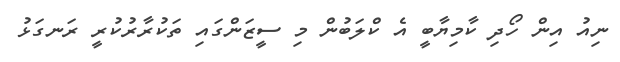
ނިއު އިން ހޯދި ކާމިޔާބީ އެ ކްލަބުން މި ސީޒަންގައި ތަކުރާރުކުރީ ރަނގަޅު